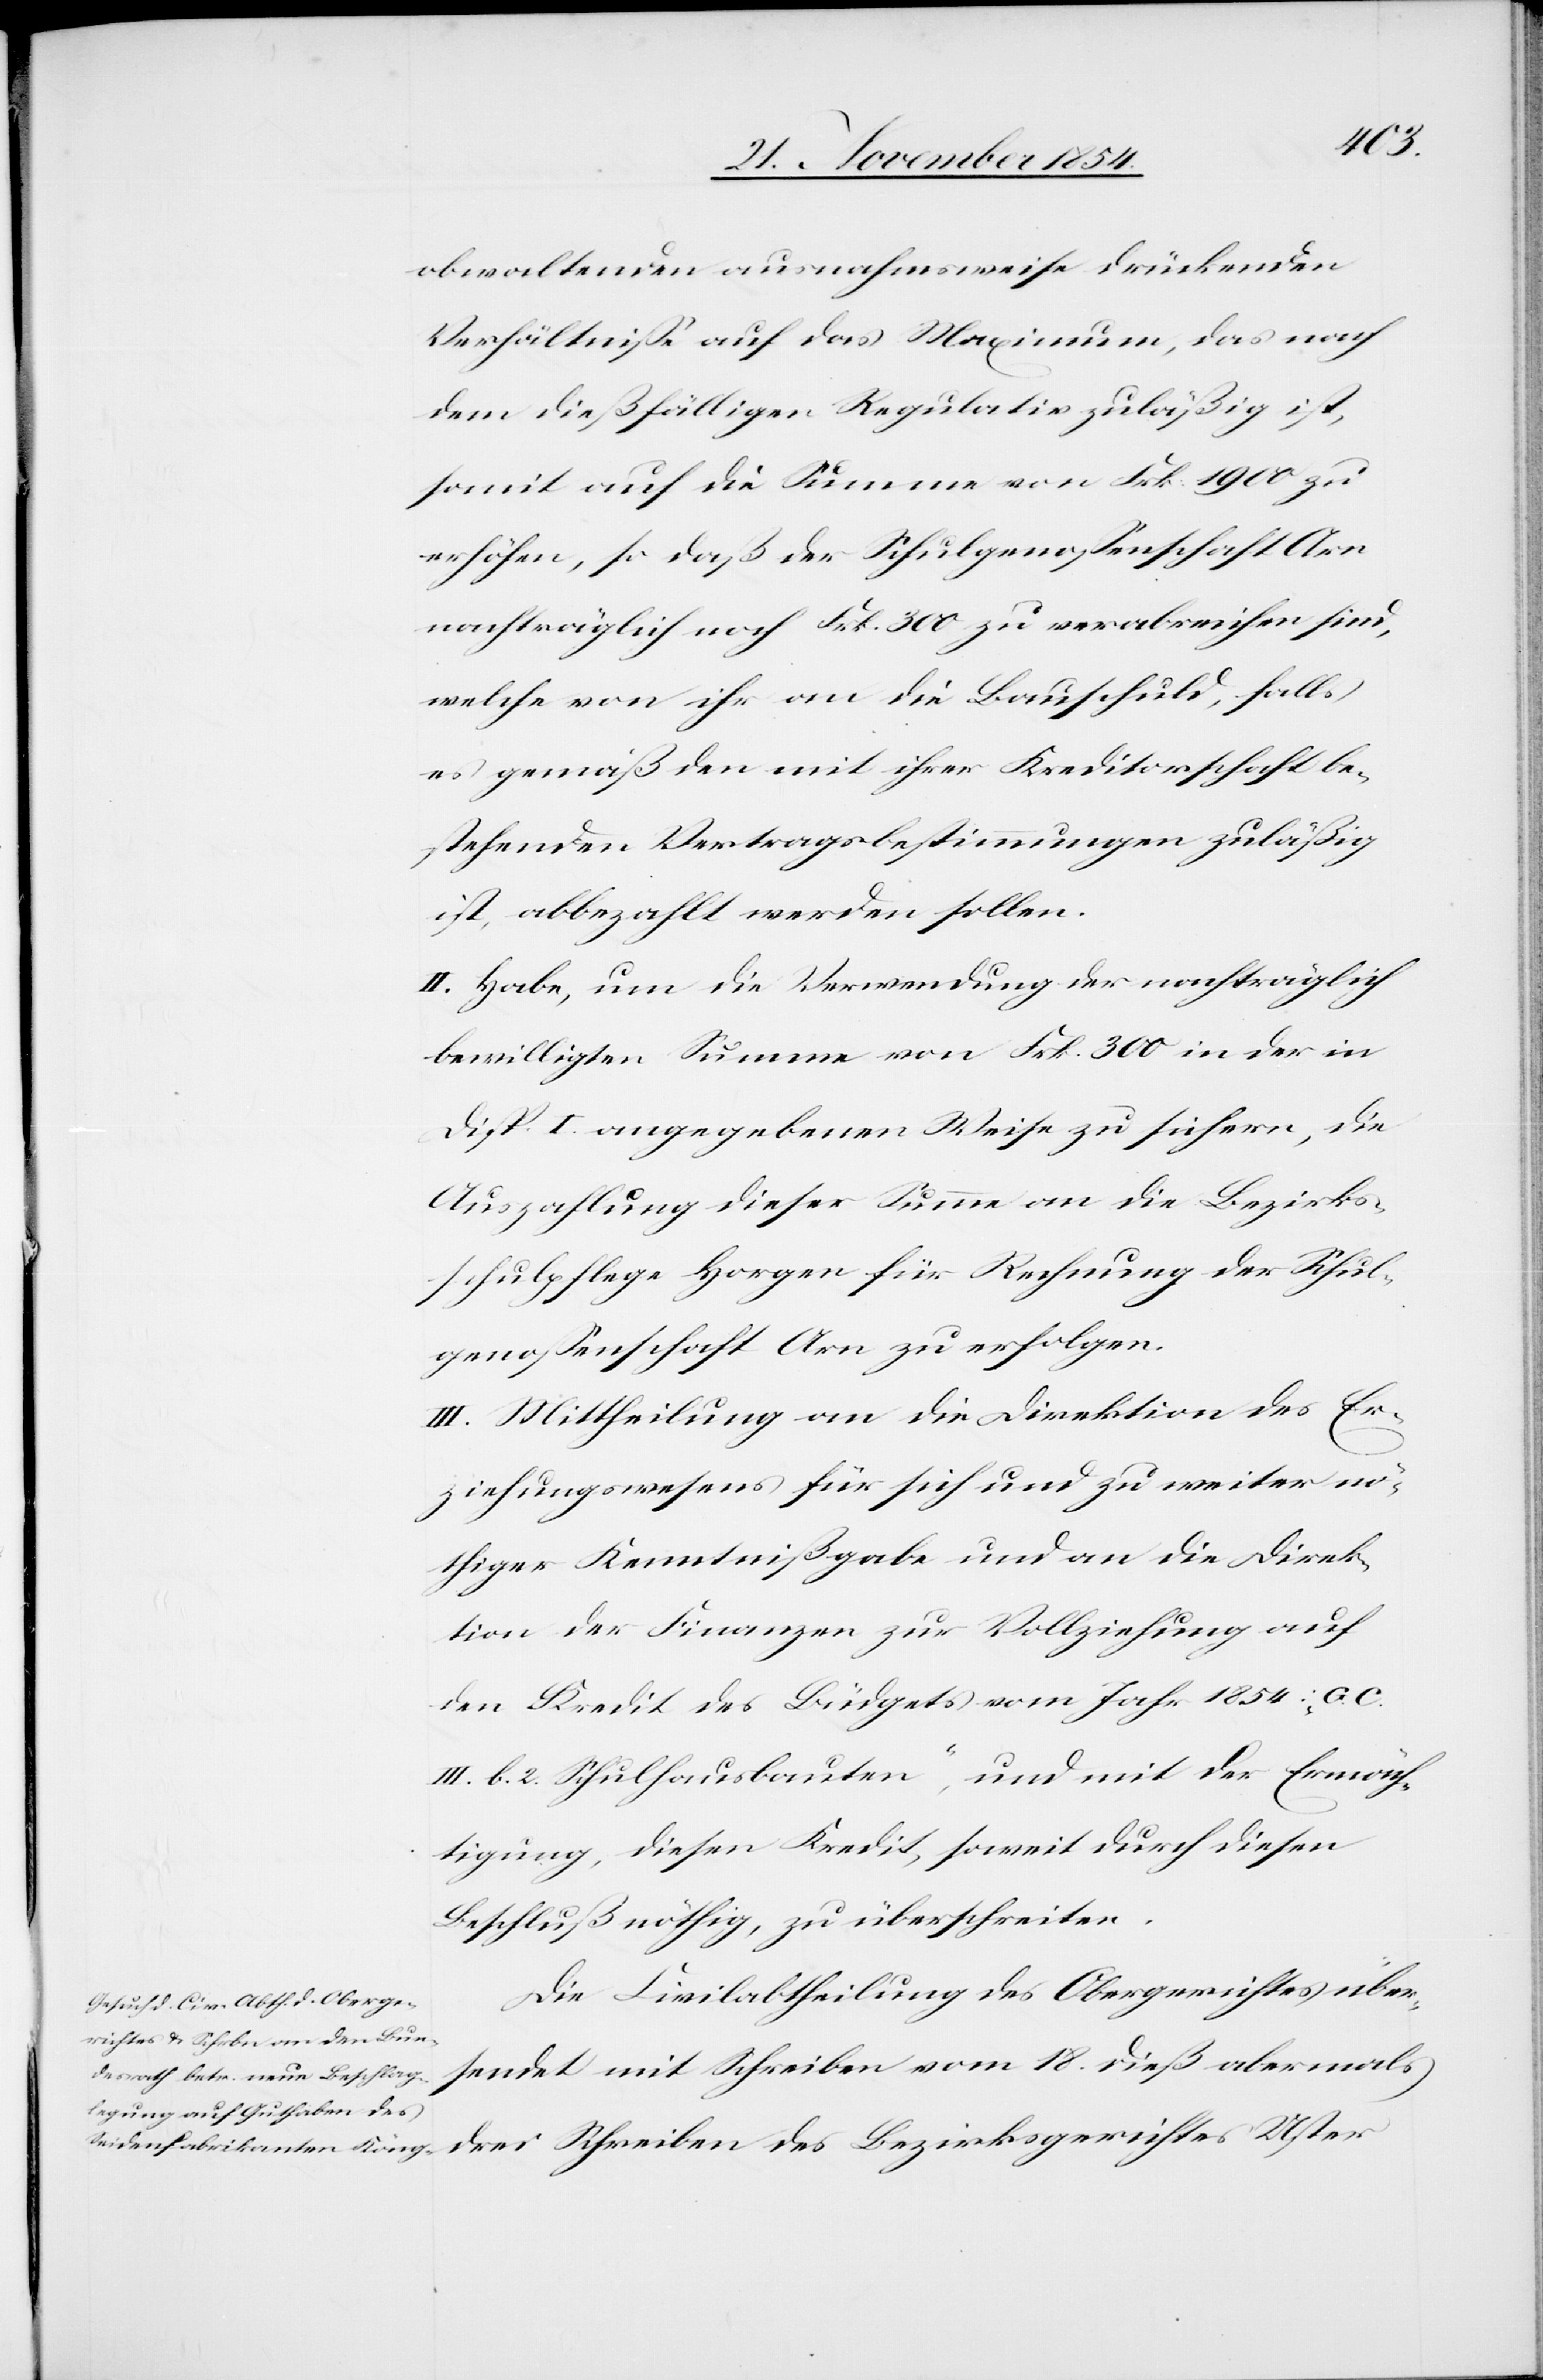
obwaltenden ausnahmsweise drückenden
Verhältniße auf das Maximum, das nach
dem dießfälligen Regulativ zuläßig ist,
somit auf die Summe von Frk. 1900 zu
erhöhen, so daß der Schulgenoßenschaft Arn
nachträglich noch Frk. 300 zu verabreichen sind,
welche von ihr an die Bauschuld, falls
es gemäß den mit ihrer Kreditorschaft be¬
stehenden Vertragsbestimmungen zuläßig
ist, abbezahlt werden sollen.
II. Habe, um die Verwendung der nachträglich
bewilligten Summen von Frk. 300 in der in
Disp. I. angegebenen Weise zu sichern, die
Auszahlung dieser Summe an die Bezirks¬
schulpflege Horgen für Rechnung der Schul¬
genoßenschaft Arn zu erfolgen.
III. Mittheilung an die Direktion des Er¬
ziehungswesens für sich und zu weiter nö¬
thiger Kenntnißgabe und an die Direk¬
tion der Finanzen zur Vollziehung auf
den Kredit des Büdgets vom Jahr 1854: G.
III. b. 2. Schulhausbauten“, und mit der Ermäch¬
tigung, diesen Kredit, soweit durch diesen
Beschluß nöthig, zu überziehen.
Die Civilabtheilung des Obergerichtes über¬
sendet mit Schreiben vom 18. dieß abermals
drei Schreiben des Bezirksgerichtes Uster